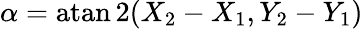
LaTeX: \alpha=\operatorname{atan2}(X_{2}-X_{1},Y_{2}-Y_{1})